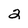
Character: 2